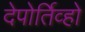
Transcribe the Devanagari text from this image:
देपोर्तिव्हो